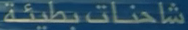
شاحنات-بطيئة